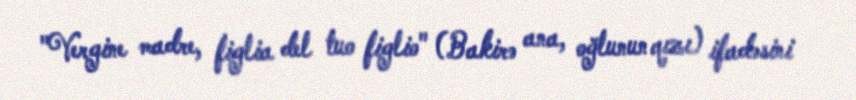
"Vergine madre, figlia del tuo figlio" (Bakirə ana, oğlunun qızı) ifadəsini